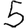
Digit: 5